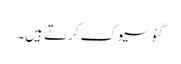
گئو سیوک کرتے ہیں۔